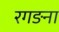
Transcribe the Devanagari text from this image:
रगङना